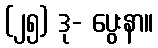
(၂၅) ဒု- ပွေးနာ။